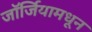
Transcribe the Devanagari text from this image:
जॉर्जियामधून